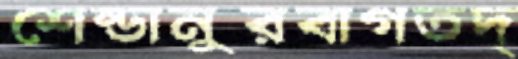
শেন্ডানুরবাগতদ্